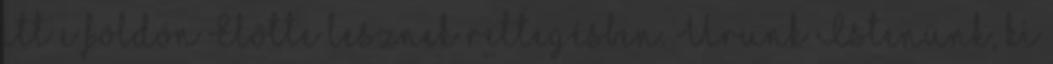
itt e földön Elõtte lesznek rettegésben. Urunk Istenünk, ki